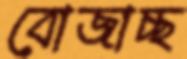
বোজাচ্ছ